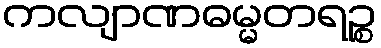
ကလျာဏဓမ္မတရဉ္စ